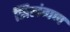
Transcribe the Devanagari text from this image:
सिलंगण